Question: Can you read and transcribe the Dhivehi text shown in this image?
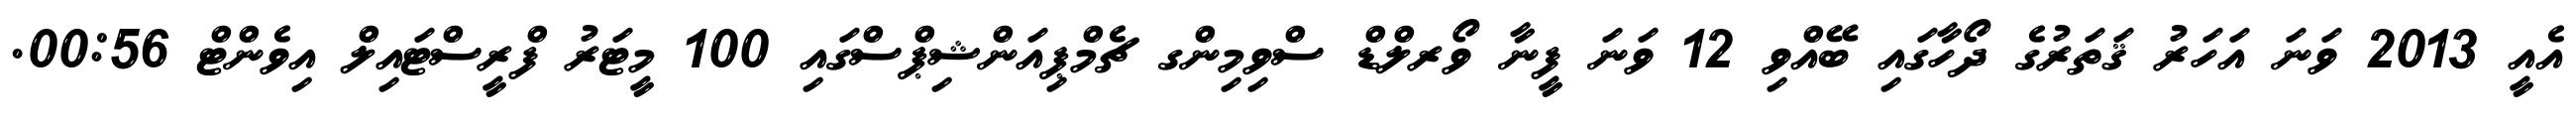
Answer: އެއީ 2013 ވަނަ އަހަރު ޤަތަރުގެ ދޯހާގައި ބޭއްވި 12 ވަނަ ފީނާ ވޯރލްޑް ސްވިމިންގ ޗެމްޕިއަންޝިޕްސްގައި 100 މީޓަރު ފްރީސްޓައިލް އިވެންޓް 00:56.